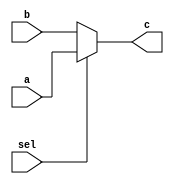
`timescale 1ns / 1ps
//////////////////////////////////////////////////////////////////////////////////
// Company: 
// Engineer: 
// 
// Design Name: 
// Module Name:    mux2233 
// Project Name: 
// Target Devices: 
// Tool versions: 
// Description: 
//
// Dependencies: 
//
// Revision: 
// Revision 0.01 - File Created
// Additional Comments: 
//
//////////////////////////////////////////////////////////////////////////////////
module mux2233(
    input [31:0] a,
    input [31:0] b,
    input sel,
    output [31:0] c
    );
	 assign c = (sel)? a:b;


endmodule